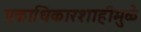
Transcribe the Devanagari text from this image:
एकाधिकारशाहीमुळे